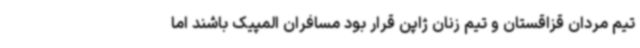
تیم مردان قزاقستان و تیم زنان ژاپن قرار بود مسافران المپیک باشند اما